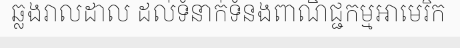
ឆ្លងរាលដាល ដល់ទំនាក់ទំនងពាណិជ្ជកម្មអាមេរិក